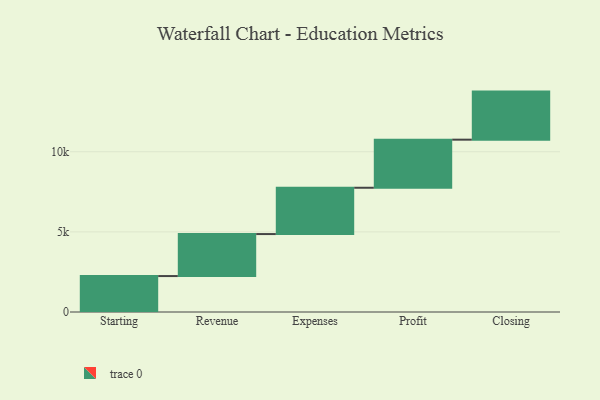
{"axis": {"x": "Step", "y": "Value"}, "legend": [""], "data": [{"x": "Starting", "y": 2243.0, "type": ""}, {"x": "Revenue", "y": 2621.0, "type": ""}, {"x": "Expenses", "y": 2890.0, "type": ""}, {"x": "Profit", "y": 3000, "type": ""}, {"x": "Closing", "y": 3000, "type": ""}]}